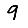
Digit: 9